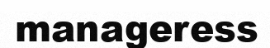
manageress